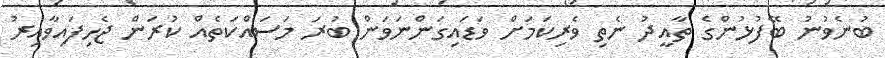
ބުނެވުނު ބޭފުޅުންގެ ތާއީދު ނެތި ވެރިކަމަށް ވަޑައިގަންނަވަން ބުރަ މަސައްކަތެއް ކުރަން ޖެހިފައިވާއިރު